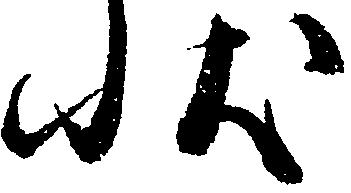
状